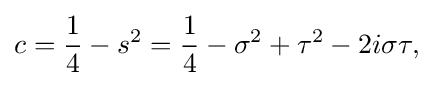
\displaystyle {c={1 \over 4}-s^{2}={1 \over 4}-\sigma ^{2}+\tau ^{2}-2i\sigma \tau ,}